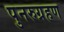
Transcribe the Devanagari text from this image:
पुनरुग्रहण